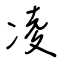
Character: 凌